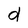
Character: d